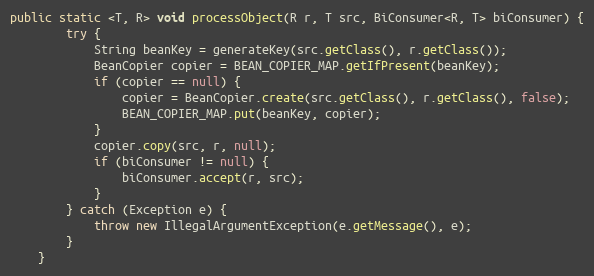
Language: Java
public static <T, R> void processObject(R r, T src, BiConsumer<R, T> biConsumer) {
        try {
            String beanKey = generateKey(src.getClass(), r.getClass());
            BeanCopier copier = BEAN_COPIER_MAP.getIfPresent(beanKey);
            if (copier == null) {
                copier = BeanCopier.create(src.getClass(), r.getClass(), false);
                BEAN_COPIER_MAP.put(beanKey, copier);
            }
            copier.copy(src, r, null);
            if (biConsumer != null) {
                biConsumer.accept(r, src);
            }
        } catch (Exception e) {
            throw new IllegalArgumentException(e.getMessage(), e);
        }
    }